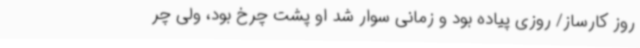
روز کارساز/ روزی پیاده بود و زمانی سوار شد او پشت چرخ بود، ولی چر